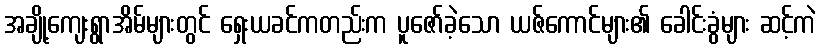
အချို့ကျေးရွာအိမ်များတွင် ရှေးယခင်ကတည်းက ပူဇော်ခဲ့သော ယဇ်ကောင်များ၏ ခေါင်းခွံများ ဆင့်ကဲ